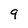
Character: 9